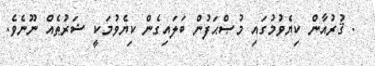
. ޤުރުއާން ކިޔެވުމުގައި މުޞްޙަފުން ބަލައިގެން ކިޔެވުމަކީ ޝަރުޠެއް ނޫނެވެ.